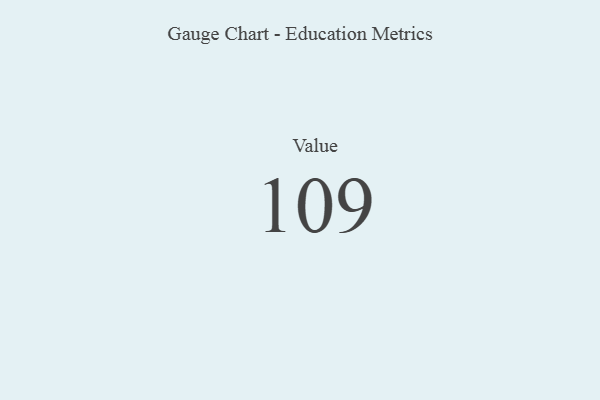
{"axis": {"x": "Metric", "y": "Value"}, "legend": [""], "data": [{"x": "Value", "y": 109, "type": ""}]}